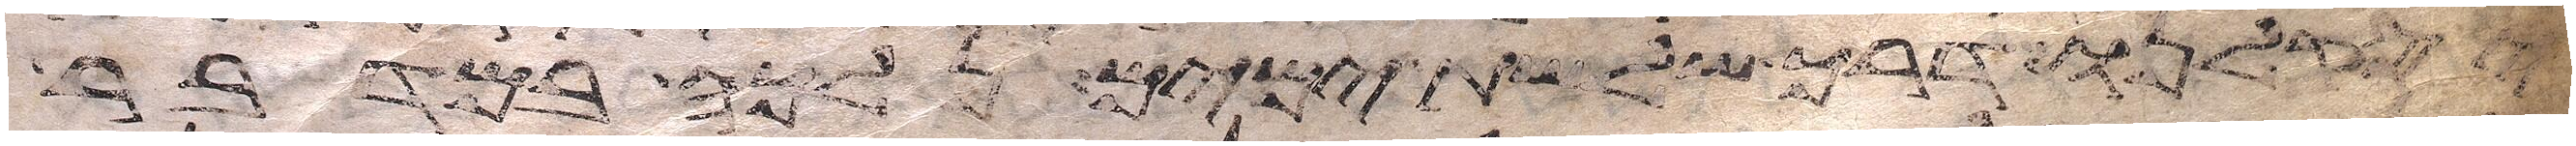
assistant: יסקלנו דרך שלשת ימים נלכה במדבר